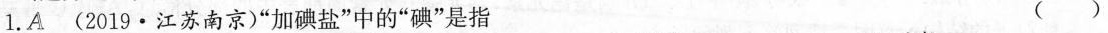
1.A(2019·江苏南京)“加碘盐”中的“碘”是指 （）